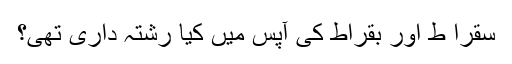
سقرا ط اور بقراط کی آپس میں کیا رشتہ داری تھی؟